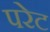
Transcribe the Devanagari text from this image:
परेट